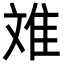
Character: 𮥷